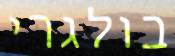
בולגרי